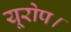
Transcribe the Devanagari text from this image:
यूरोप।